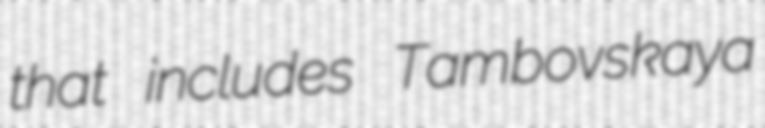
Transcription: that includes Tambovskaya